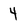
Character: 4